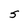
Character: 5